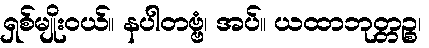
ရှစ်မျိုးဝယ်။ နပါတဗ္ဗံ၊ အပ်။ ယထာဘုတ္တဉ္စ၊